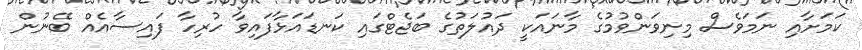
ކަމަށާއި ނަމަވެސް މިނިވަންވުމުގެ މާނައަކީ ދައުލަތުގެ ބަޖެޓްގައި ކަނޑައަޅާފައިވާ ހުރިހާ ފައިސާއެއް ބޭނުން